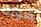
سوية